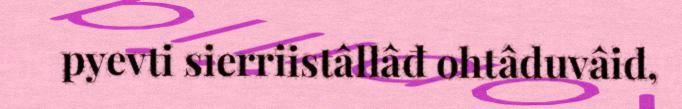
pyevti sierriistâllâđ ohtâduvâid,